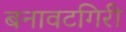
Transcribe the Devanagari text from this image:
बनावटगिरी